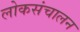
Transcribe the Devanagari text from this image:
लोकसंचालन